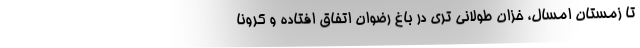
تا زمستان امسال، خزان طولانی تری در باغ رضوان اتفاق افتاده و کرونا